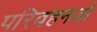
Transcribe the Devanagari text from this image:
परिवहनजो